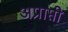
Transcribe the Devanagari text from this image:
अप्राप्ती